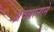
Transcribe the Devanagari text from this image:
अवधानाने